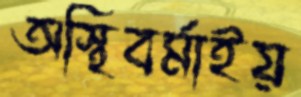
অস্থিবর্মাইয়